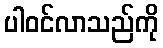
ပါဝင်လာသည်ကို